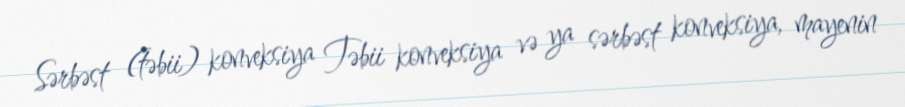
Sərbəst (təbii) konveksiya Təbii konveksiya və ya sərbəst konveksiya, mayenin